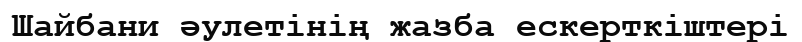
Шайбани әулетінің жазба ескерткіштері